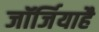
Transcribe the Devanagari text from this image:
जॉर्जियाहै